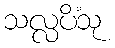
သလ္လပိံသု